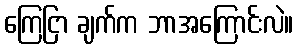
ကြေငြာ ချက်က ဘာအကြောင်းလဲ။